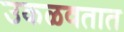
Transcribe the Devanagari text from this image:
उकळवतात